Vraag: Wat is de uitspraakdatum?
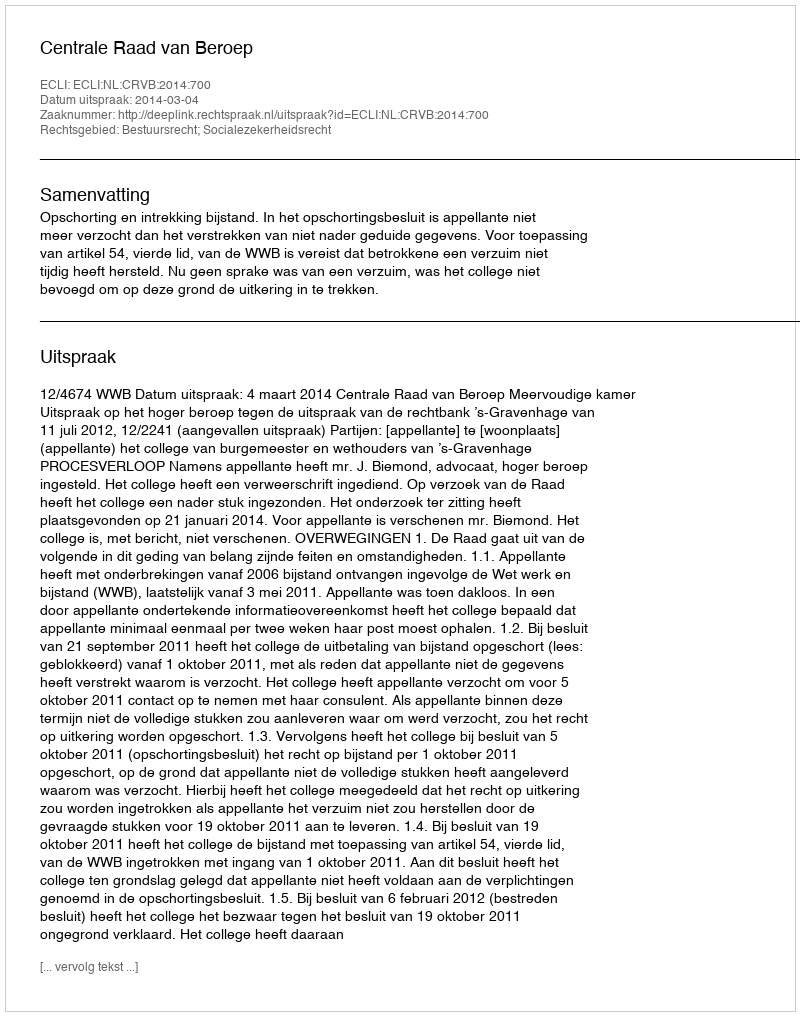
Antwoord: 2014-03-04